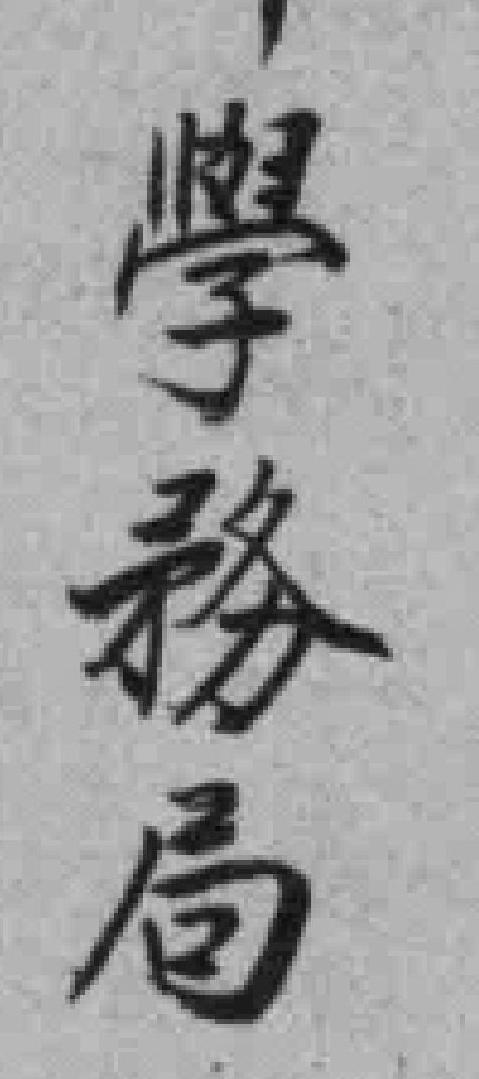
學務局